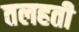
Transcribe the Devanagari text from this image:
तलहती